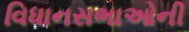
વિધાનસભાઓની